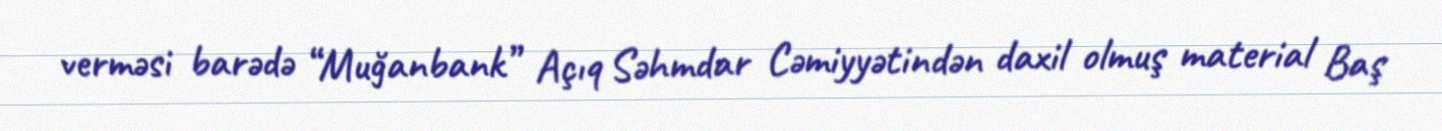
verməsi barədə “Muğanbank” Açıq Səhmdar Cəmiyyətindən daxil olmuş material Baş